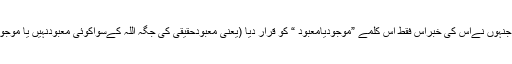
اوروہ لوگ غلطی پرہیں جنہوں نےاس کی خبراس فقط اس کلمے ”موجودیامعبود “ کو قرار دیا (یعنی معبودحقیقی کی جگہ اللہ کےسواکوئی معبودنہیں یا موجودنہیں انہوں نےقراردیا)۔